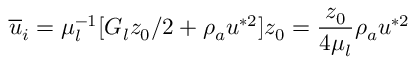
\overline { { u } } _ { i } = \mu _ { l } ^ { - 1 } [ G _ { l } z _ { 0 } / 2 + \rho _ { a } u ^ { * 2 } ] z _ { 0 } = \frac { z _ { 0 } } { 4 \mu _ { l } } \rho _ { a } u ^ { * 2 }